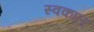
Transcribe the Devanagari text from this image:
स्वकाल्